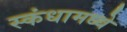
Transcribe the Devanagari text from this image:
स्कंधामध्ये